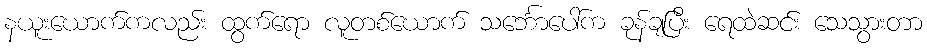
နယူးယောက်ကလည်း ထွက်ရော လူတစ်ယောက် သင်္ဘောပေါ်က ခုန်ချပြီး ရေထဲဆင်း သေသွားတာ